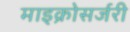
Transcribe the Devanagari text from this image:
माइक्रोसर्जरी